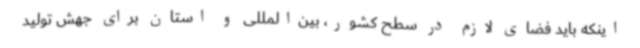
اینکه باید فضای لازم در سطح کشور، بین‌المللی و استان برای جهش تولید